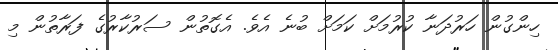
ހިންގުން ހަރުދަނާ ކުރުމަށް ކަމަށް ބުނެ އެވެ. އެގޮތުން ސަރުކާރުގެ ފަރާތުން މި